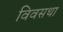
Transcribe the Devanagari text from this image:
विवसथा